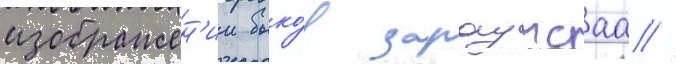
изображен'ии быко́в зараутсаа //